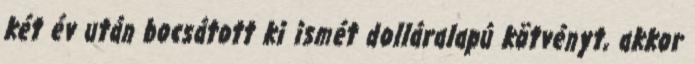
két év után bocsátott ki ismét dolláralapú kötvényt, akkor